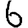
Digit: 6